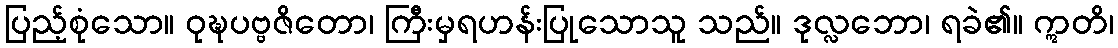
ပြည့်စုံသော။ ဝုဍ္ဎပဗ္ဗဇိတော၊ ကြီးမှရဟန်းပြုသောသူ သည်။ ဒုလ္လဘော၊ ရခဲ၏။ ဣတိ၊